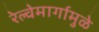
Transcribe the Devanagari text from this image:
रेल्वेमार्गामुळे